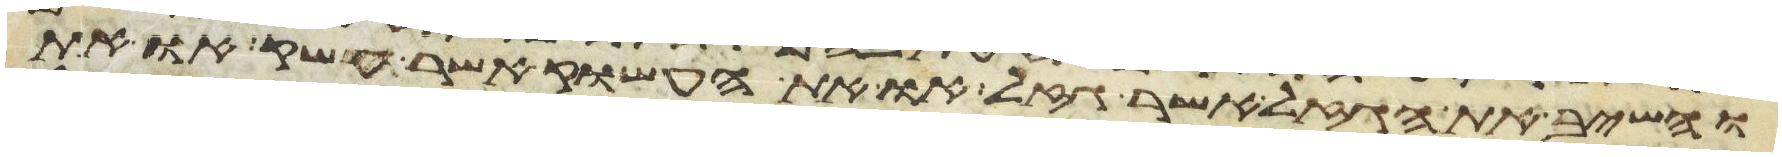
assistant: והשיב את הגזל אשר גזל או את העשוק אשר עשק או את